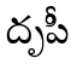
దృపీ